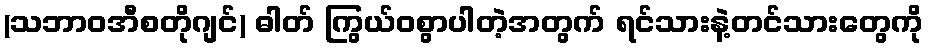
(သဘာဝအီစတိုဂျင်) ဓါတ် ကြွယ်ဝစွာပါတဲ့အတွက် ရင်သားနဲ့တင်သားတွေကို